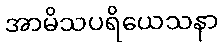
အာမိသပရိယေသနာ